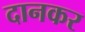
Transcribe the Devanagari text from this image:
दानकर